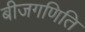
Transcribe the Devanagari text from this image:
बीजगणिति